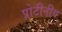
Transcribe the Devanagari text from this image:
प्रोटीनीय